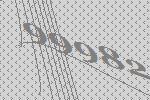
99982